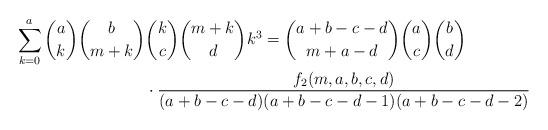
LaTeX: \begin{align*} \sum_{k=0}^a \binom{a}{k}\binom{b}{m+k} & \binom{k}{c}\binom{m+k}{d} k^3 = \binom{a+b-c-d}{m+a-d}\binom{a}{c}\binom{b}{d} \\ & \cdot \frac{f_2(m,a,b,c,d)}{(a+b-c-d)(a+b-c-d-1)(a+b-c-d-2)} \\\end{align*}